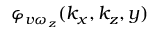
\varphi _ { v \omega _ { z } } ( k _ { x } , k _ { z } , y )